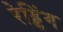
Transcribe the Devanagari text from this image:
रेड्डिंग